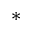
*